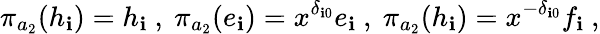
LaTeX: \pi_{a_{2}}(h_{\mathbf{i}})=h_{\mathbf{i}}\ ,\ \pi_{a_{2}}(e_{\mathbf{i}})=x^{\delta_{\mathbf{i}0}}e_{\mathbf{i}}\ ,\ \pi_{a_{2}}(h_{\mathbf{i}})=x^{-\delta_{\mathbf{i}0}}f_{\mathbf{i}}\ ,